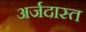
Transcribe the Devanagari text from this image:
अर्जदास्‍त